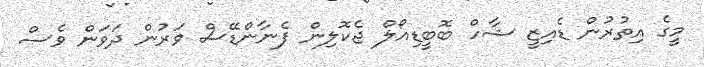
މީގެ އިތުރުން ޑެއިޒީ ޝާހް ބޮބީޑިއޯލް ޖެކޮޮލިން ފެނާންޑޭސް ވަރުން ދަވަން ވެސް